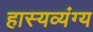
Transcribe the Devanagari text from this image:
हास्यव्यंग्य